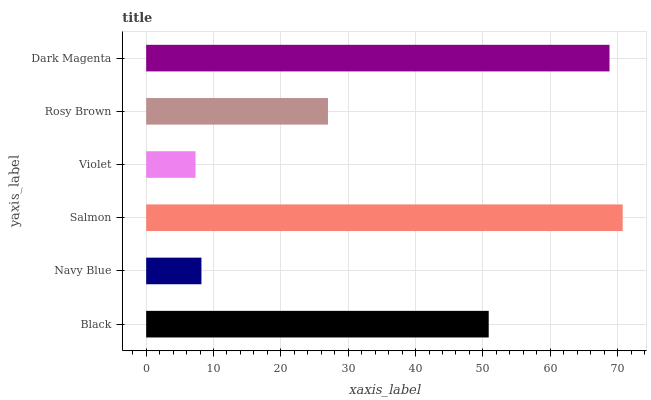
| yaxis_label | bars |
 | --- | --- |
 | Black | 50.9 |
 | Navy Blue | 8.21 |
 | Salmon | 70.8 |
 | Violet | 7.33 |
 | Rosy Brown | 27 |
 | Dark Magenta | 68.8 |